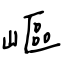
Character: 嶇